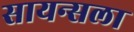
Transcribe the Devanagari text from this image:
सायन्सला